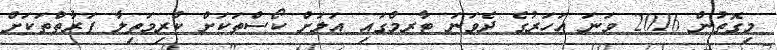
މިގޮތުން 2016 ވަނަ އަހަރުގެ ދެވަނަ ޓާރމްގައި އަލަށް ކޯސްތަކަށް ކުރިމަތިލާ ފަރާތްތަކަށް